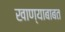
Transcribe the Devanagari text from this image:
खाण्याबाबत